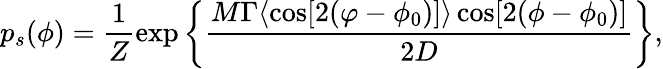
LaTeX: p_{s}(\phi)=\frac{1}{Z}\exp\bigg\{ \frac{M\Gamma\langle\cos[2(\varphi-\phi_{0})]\rangle\cos[2(\phi-\phi_{0})]}{2D}\bigg\} ,